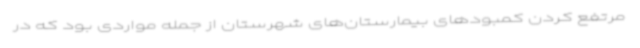
مرتفع کردن کمبودهای بیمارستان‌های شهرستان از جمله مواردی بود که در